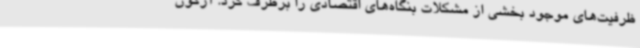
ظرفیت‌های موجود بخشی از مشکلات بنگاه‌های اقتصادی را برطرف کرد. آرگون